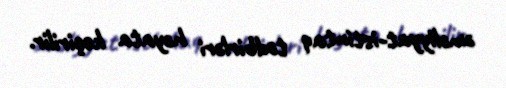
əməliyyat-istintaq tədbirləri həyata keçirilir.